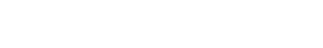
အဲဒါ သူတို့ အယောင်ဆောင်တာပေါ့။